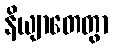
နိယျာတေတွာ